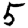
Digit: 5